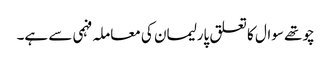
چوتھے سوال کا تعلق پارلیمان کی معاملہ فہمی سے ہے۔